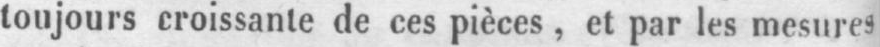
toujours croissante de ces pièces, et par les mesures